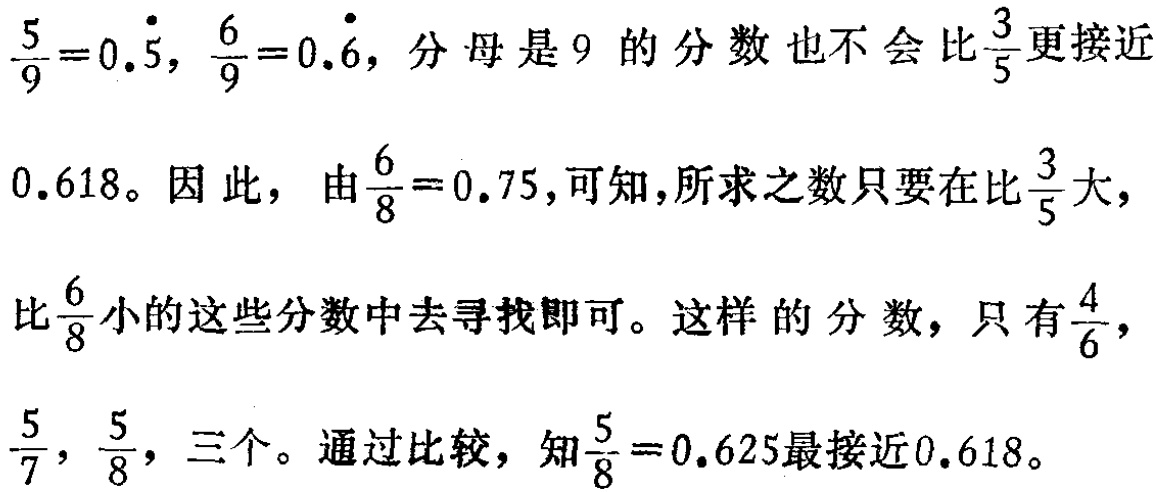
$\frac{5}{9}=0.\dot{5},\ \frac{6}{9}=0.\dot{6}$, 分母是 9 的分数也不会比$\frac{3}{5}$更接近
$0.618$。因此，由$\frac{6}{8}=0.75$,可知,所求之数只要在比$\frac{3}{5}$大,
比$\frac{6}{8}$小的这些分数中去寻找即可。这样的分数，只有$\frac{4}{6}$,
$\frac{5}{7},\ \frac{5}{8}$, 三个。通过比较，知$\frac{5}{8}=0.625$最接近$0.618$。